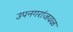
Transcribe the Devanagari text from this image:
उपनगरांजवळ